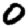
Digit: 0